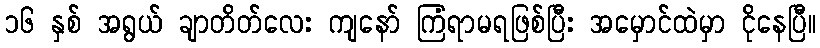
၁၆ နှစ် အရွယ် ချာတိတ်လေး ကျနော် ကြံရာမရဖြစ်ပြီး အမှောင်ထဲမှာ ငိုနေပြီ။